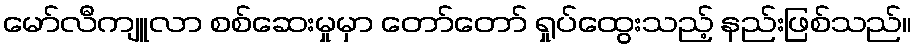
မော်လီကျူလာ စစ်ဆေးမှုမှာ တော်တော် ရှုပ်ထွေးသည့် နည်းဖြစ်သည်။